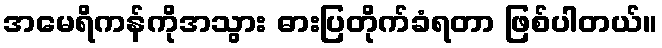
အမေရိကန်ကိုအသွား ဓားပြတိုက်ခံရတာ ဖြစ်ပါတယ်။